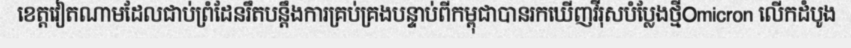
ខេត្តវៀតណាមដែលជាប់ព្រំដែនរឹតបន្តឹងការគ្រប់គ្រងបន្ទាប់ពីកម្ពុជាបានរកឃើញវីរុសបំប្លែងថ្មីOmicron លើកដំបូង